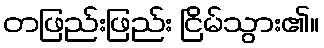
တဖြည်းဖြည်း ငြိမ်သွား၏။